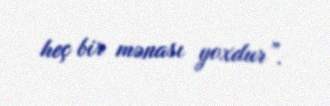
heç bir mənası yoxdur”.